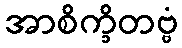
အာစိက္ခိတဗ္ဗံ